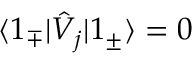
\langle 1 _ { \mp } | \hat { V } _ { j } | 1 _ { \pm } \rangle = 0